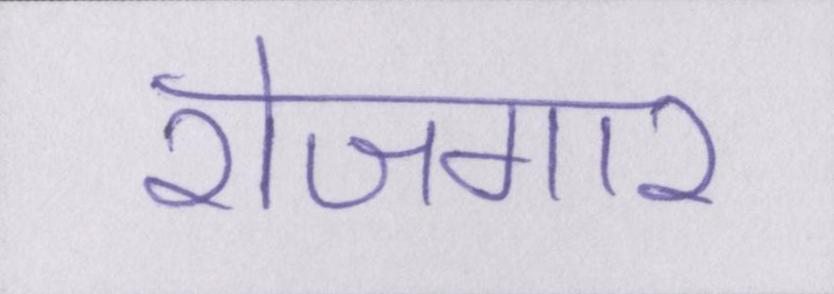
रोजगार